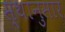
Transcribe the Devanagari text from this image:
स्थानुसार